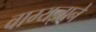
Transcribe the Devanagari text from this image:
वाग्यज्ञाने